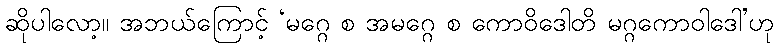
ဆိုပါလော့။ အဘယ်ကြောင့် ‘မဂ္ဂေ စ အမဂ္ဂေ စ ကောဝိဒေါတိ မဂ္ဂကောဝါဒေါ’ဟု